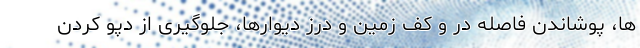
ها، پوشاندن فاصله در و کف زمین و درز دیوارها، جلوگیری از دپو کردن